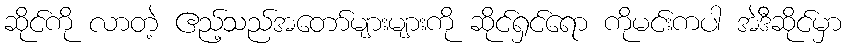
ဆိုင်ကို လာတဲ့ ဧည့်သည်အတော်များများကို ဆိုင်ရှင်ရော ကိုမင်းကပါ အဲဒီဆိုင်မှာ